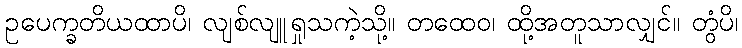
ဥပေက္ခတိယထာပိ၊ လျစ်လျူရှုသကဲ့သို့။ တထေဝ၊ ထို့အတူသာလျှင်။ တွံပိ၊